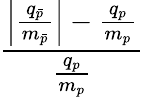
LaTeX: \frac{\left|{\frac{q_{\bar{p}}}{m_{\bar{p}}}}\right|-{\frac{q_{p}}{m_{p}}}}{\frac{q_{p}}{m_{p}}}